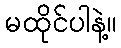
မထိုင်ပါနဲ့။